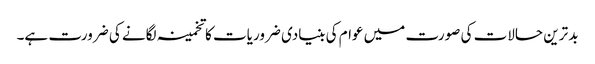
بد ترین حالات کی صورت میں عوام کی بنیادی ضروریات کا تخمینہ لگانے کی ضرورت ہے۔